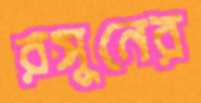
রসুনের